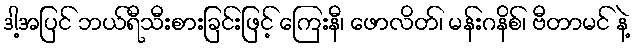
ဒါ့အပြင် ဘယ်ရီသီးစားခြင်းဖြင့် ကြေးနီ၊ ဖောလိတ်၊ မန်းဂနိစ်၊ ဗီတာမင် နဲ့